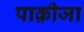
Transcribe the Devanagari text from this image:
पाक़ीजा